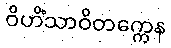
ဝိဟိံသာဝိတက္ကေန